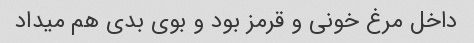
داخل مرغ خونی و قرمز بود و بوی بدی هم میداد